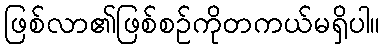
ဖြစ်လာ၏ဖြစ်စဉ်ကိုတကယ်မရှိပါ။